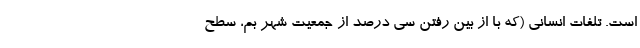
است. تلفات انسانی (که با از بین رفتن سی درصد از جمعیت شهر بم، سطح